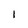
Character: 1